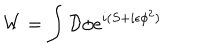
W = \int { \cal D } \phi e ^ { i ( S + i \epsilon \phi ^ { 2 } ) }